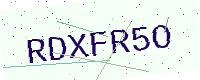
Text: RDXFR5O